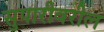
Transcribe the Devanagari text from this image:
सुपारीवरील